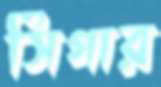
সিগার